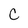
Character: C